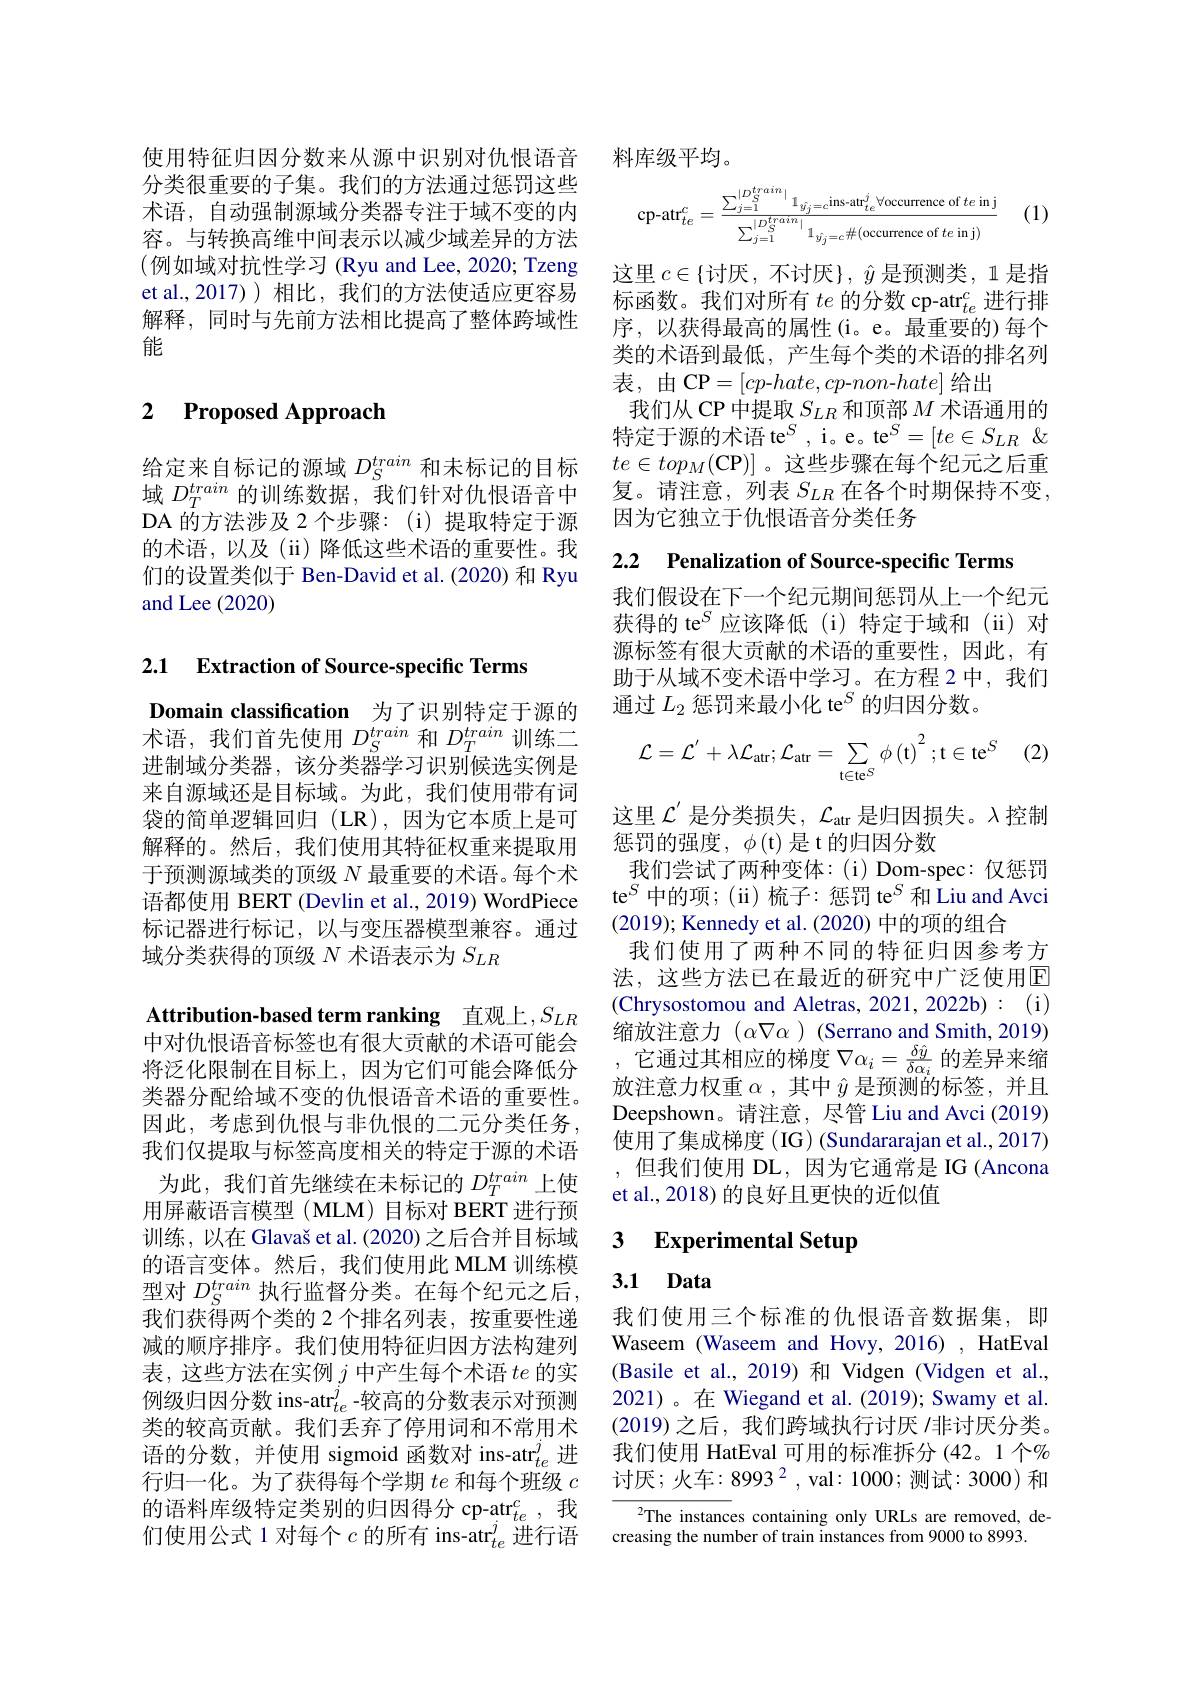
使用特征归因分数来从源中识别对仇恨语音分类很重要的子集。我们的方法通过惩罚这些术语，自动强制源域分类器专注于域不变的内容。与转换高维中间表示以减少域差异的方法(例如域对抗性学习 (Ryu and Lee, 2020; Tzeng et al.,2017))相比，我们的方法使适应更容易解释，同时与先前方法相比提高了整体跨域性能

## 2 $\textbf{Proposed Approach}$

给定来自标记的源域$D_S^{train}$和未标记的目标域$D_T^{train}$的训练数据，我们针对仇恨语音中DA 的方法涉及 2 个步骤：(i) 提取特定于源的术语，以及(ii)降低这些术语的重要性。我们的设置类似于 Ben-David et al.(2020) 和 Ryu and Lee (2020)

2.1 $\textbf{Extraction of Source- specific Terms}$

Domain classification 为了识别特定于源的术语，我们首先使用$D_S^{train}$ 和$D_T^{train}$训练二进制域分类器，该分类器学习识别候选实例是来自源域还是目标域。为此，我们使用带有词袋的简单逻辑回归(LR),因为它本质上是可解释的。然后，我们使用其特征权重来提取用于预测源域类的顶级$N$最重要的术语。每个术语都使用 BERT (Devlin et al., 2019) WordPiece 标记器进行标记，以与变压器模型兼容。通过域分类获得的顶级$N$术语表示为$S_{LR}$

Attribution-based term ranking 直观上$,S_LR$

中对仇恨语音标签也有很大贡献的术语可能会将泛化限制在目标上，因为它们可能会降低分类器分配给域不变的仇恨语音术语的重要性。因此，考虑到仇恨与非仇恨的二元分类任务， 我们仅提取与标签高度相关的特定于源的术语为此，我们首先继续在未标记的$D_T^{train}$上使用屏蔽语言模型(MLM)目标对 BERT 进行预训练，以在 Glavaš et al. (2020) 之后合并目标域的语言变体。然后，我们使用此 MLM 训练模型对$D_S^{train}$执行监督分类。在每个纪元之后我们获得两个类的 2 个排名列表，按重要性递减的顺序排序。我们使用特征归因方法构建列表，这些方法在实例$j$ 中产生每个术语$te$ 的实例级归因分数 ins-atr$_{te}^j$-较高的分数表示对预测类的较高贡献。我们丢弃了停用词和不常用术语的分数，并使用 sigmoid 函数对 ins-atr$_te^j$进行归一化。为了获得每个学期$te$和每个班级$c$ 的语料库级特定类别的归因得分 cp-atr$_{te}^c$,我们使用公式 1 对每个$c\text{ 的所有 ins-atr}_{te}^j$进行语

料库级平均。

(1)
$$\text{cp-atr}_{te}^{c}=\frac{\sum_{j=1}^{|D_{S}^{train}|}1_{\hat{y_{j}}=c^{\text{ins-atr}_{te}^{j}}\forall\text{occurrence of }te\text{in j}}}{\sum_{j=1}^{|D_{S}^{train}|}1_{\hat{y_{j}}=c}\#(\text{occurrence of }te\text{in j})}$$
这里 $c\in\{$讨厌，不讨厌$\},\hat{y}$ 是预测类，1是指标函数。我们对所有$te\text{ 的分数 cp-atr}_{te}^c$进行排序，以获得最高的属性(i。e。最重要的)每个类的术语到最低，产生每个类的术语的排名列表，由CP$=[cp$-$hate,cp$-non-$hate]$给出
我们从 CP 中提取$S_LR$和顶部$M$术语通用的特定于源的术语 te$^S$,i。e。te$^S=[te\in S_{LR}\not\&$ $te\in top_M($CP)]。这些步骤在每个纪元之后重复。请注意，列表 $S_{LR}$ 在各个时期保持不变， 因为它独立于仇恨语音分类任务

2.2 Penalization of Source-specific Terms

我们假设在下一个纪元期间惩罚从上一个纪元获得的 te$^S$应该降低 (i)特定于域和 (ii)对源标签有很大贡献的术语的重要性，因此，有助于从域不变术语中学习。在方程 2 中，我们通过$L_2\text{ 惩罚来最小化 te}^S$的归因分数。

 (2)
$$\mathcal{L}=\mathcal{L}^{'}+\lambda\mathcal{L}_{\mathrm{atr}};\mathcal{L}_{\mathrm{atr}}=\sum_{\mathrm{t\in te}^{S}}\phi\left(\mathrm{t}\right)^{2};\mathrm{t}\in\mathrm{te}^{S}$$
这里$\mathcal{L}^\prime$是分类损失，$\mathcal{L}_\mathrm{atr}$是归因损失。$\lambda$控制
惩罚的强度，$\phi($t)是 t 的归因分数
我们尝试了两种变体：(i) Dom-spec:仅惩罚te$^S$中的项；(ii)梳子：惩罚 te$^S$和 Liu and Avci (2019); Kennedy et al. (2020) 中的项的组合
我们使用了两种不同的特征归因参考方法，这些方法已在最近的研究中广泛使用E (Chrysostomou and Aletras, 2021, 2022b) : (i) 缩放注意力$(\alpha\nabla\alpha)$ (Serrano and Smith, 2019) ,它通过其相应的梯度$\nabla\alpha_i=\frac{\delta\hat{y}}{\delta\alpha_i}$的差异来缩放注意力权重$\alpha$,其中$\hat{y}$是预测的标签，并且Deepshown。请注意，尽管 Liu and Avci (2019) 使用了集成梯度(IG) (Sundararajan et al.,2017) ,但我们使用 DL,因为它通常是 IG (Ancona et al., 2018) 的良好且更快的近似值

### 3 $\textbf{Experimental Setup}$

# 3.1 Data

我们使用三个标准的仇恨语音数据集，即Waseem (Waseem and Hovy, 2016) , HatEval (Basile et al., 2019)和 Vidgen (Vidgen et al., 2021)。在 Wiegand et al. (2019); Swamy et al. (2019)之后，我们跨域执行讨厌 $\iota$非讨厌分类。我们使用 HatEval 可用的标准拆分(42。1 个% $\text{讨厌；火车：8993}^2$,val:1000;测试：3000)和

$^{2}$The instances containing only URLs are removed, de-
creasing the number of train instances from 9000 to 8993.